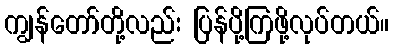
ကျွန်တော်တို့လည်း ပြန်ပို့ကြဖို့လုပ်တယ်။